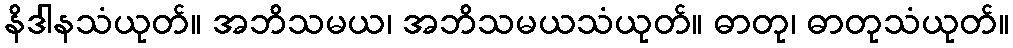
နိဒါနသံယုတ်။ အဘိသမယ၊ အဘိသမယသံယုတ်။ ဓာတု၊ ဓာတုသံယုတ်။